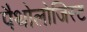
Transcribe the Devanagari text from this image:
पैथोलोजिस्ट